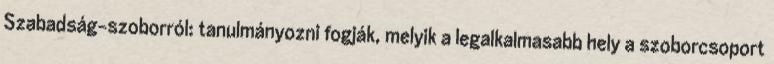
Szabadság-szoborról: tanulmányozni fogják, melyik a legalkalmasabb hely a szoborcsoport